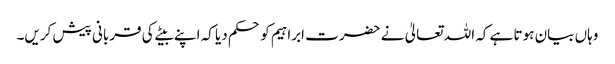
وہاں بیان ہوتا ہے کہ اللہ تعالیٰ نے حضرت ابراہیم کو حکم دیا کہ اپنے بیٹے کی قربانی پیش کریں۔